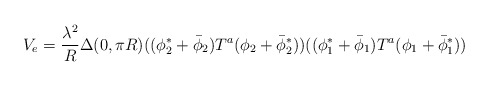
\begin{align*}V_e={\lambda^2\over R}\Delta (0, \pi R) ((\phi_2^*+\bar\phi_2)T^a(\phi_2+\bar\phi_2^*))((\phi_1^*+\bar\phi_1)T^a(\phi_1+\bar\phi_1^*))\end{align*}